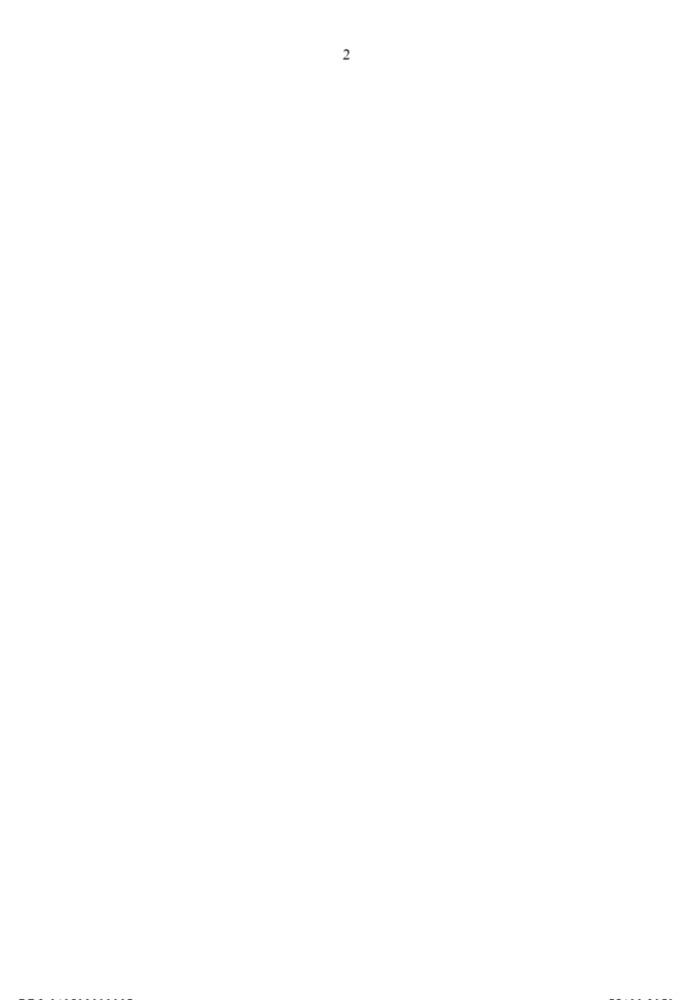
2